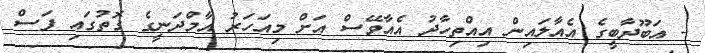
- އަބޫދާބީގެ އެއާލައިން އިއްތިހާދު އެއާވޭސް އަށް މިއަހަރު އާމްދަނީގެ ގޮތުގައި ފަސް